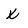
Character: x